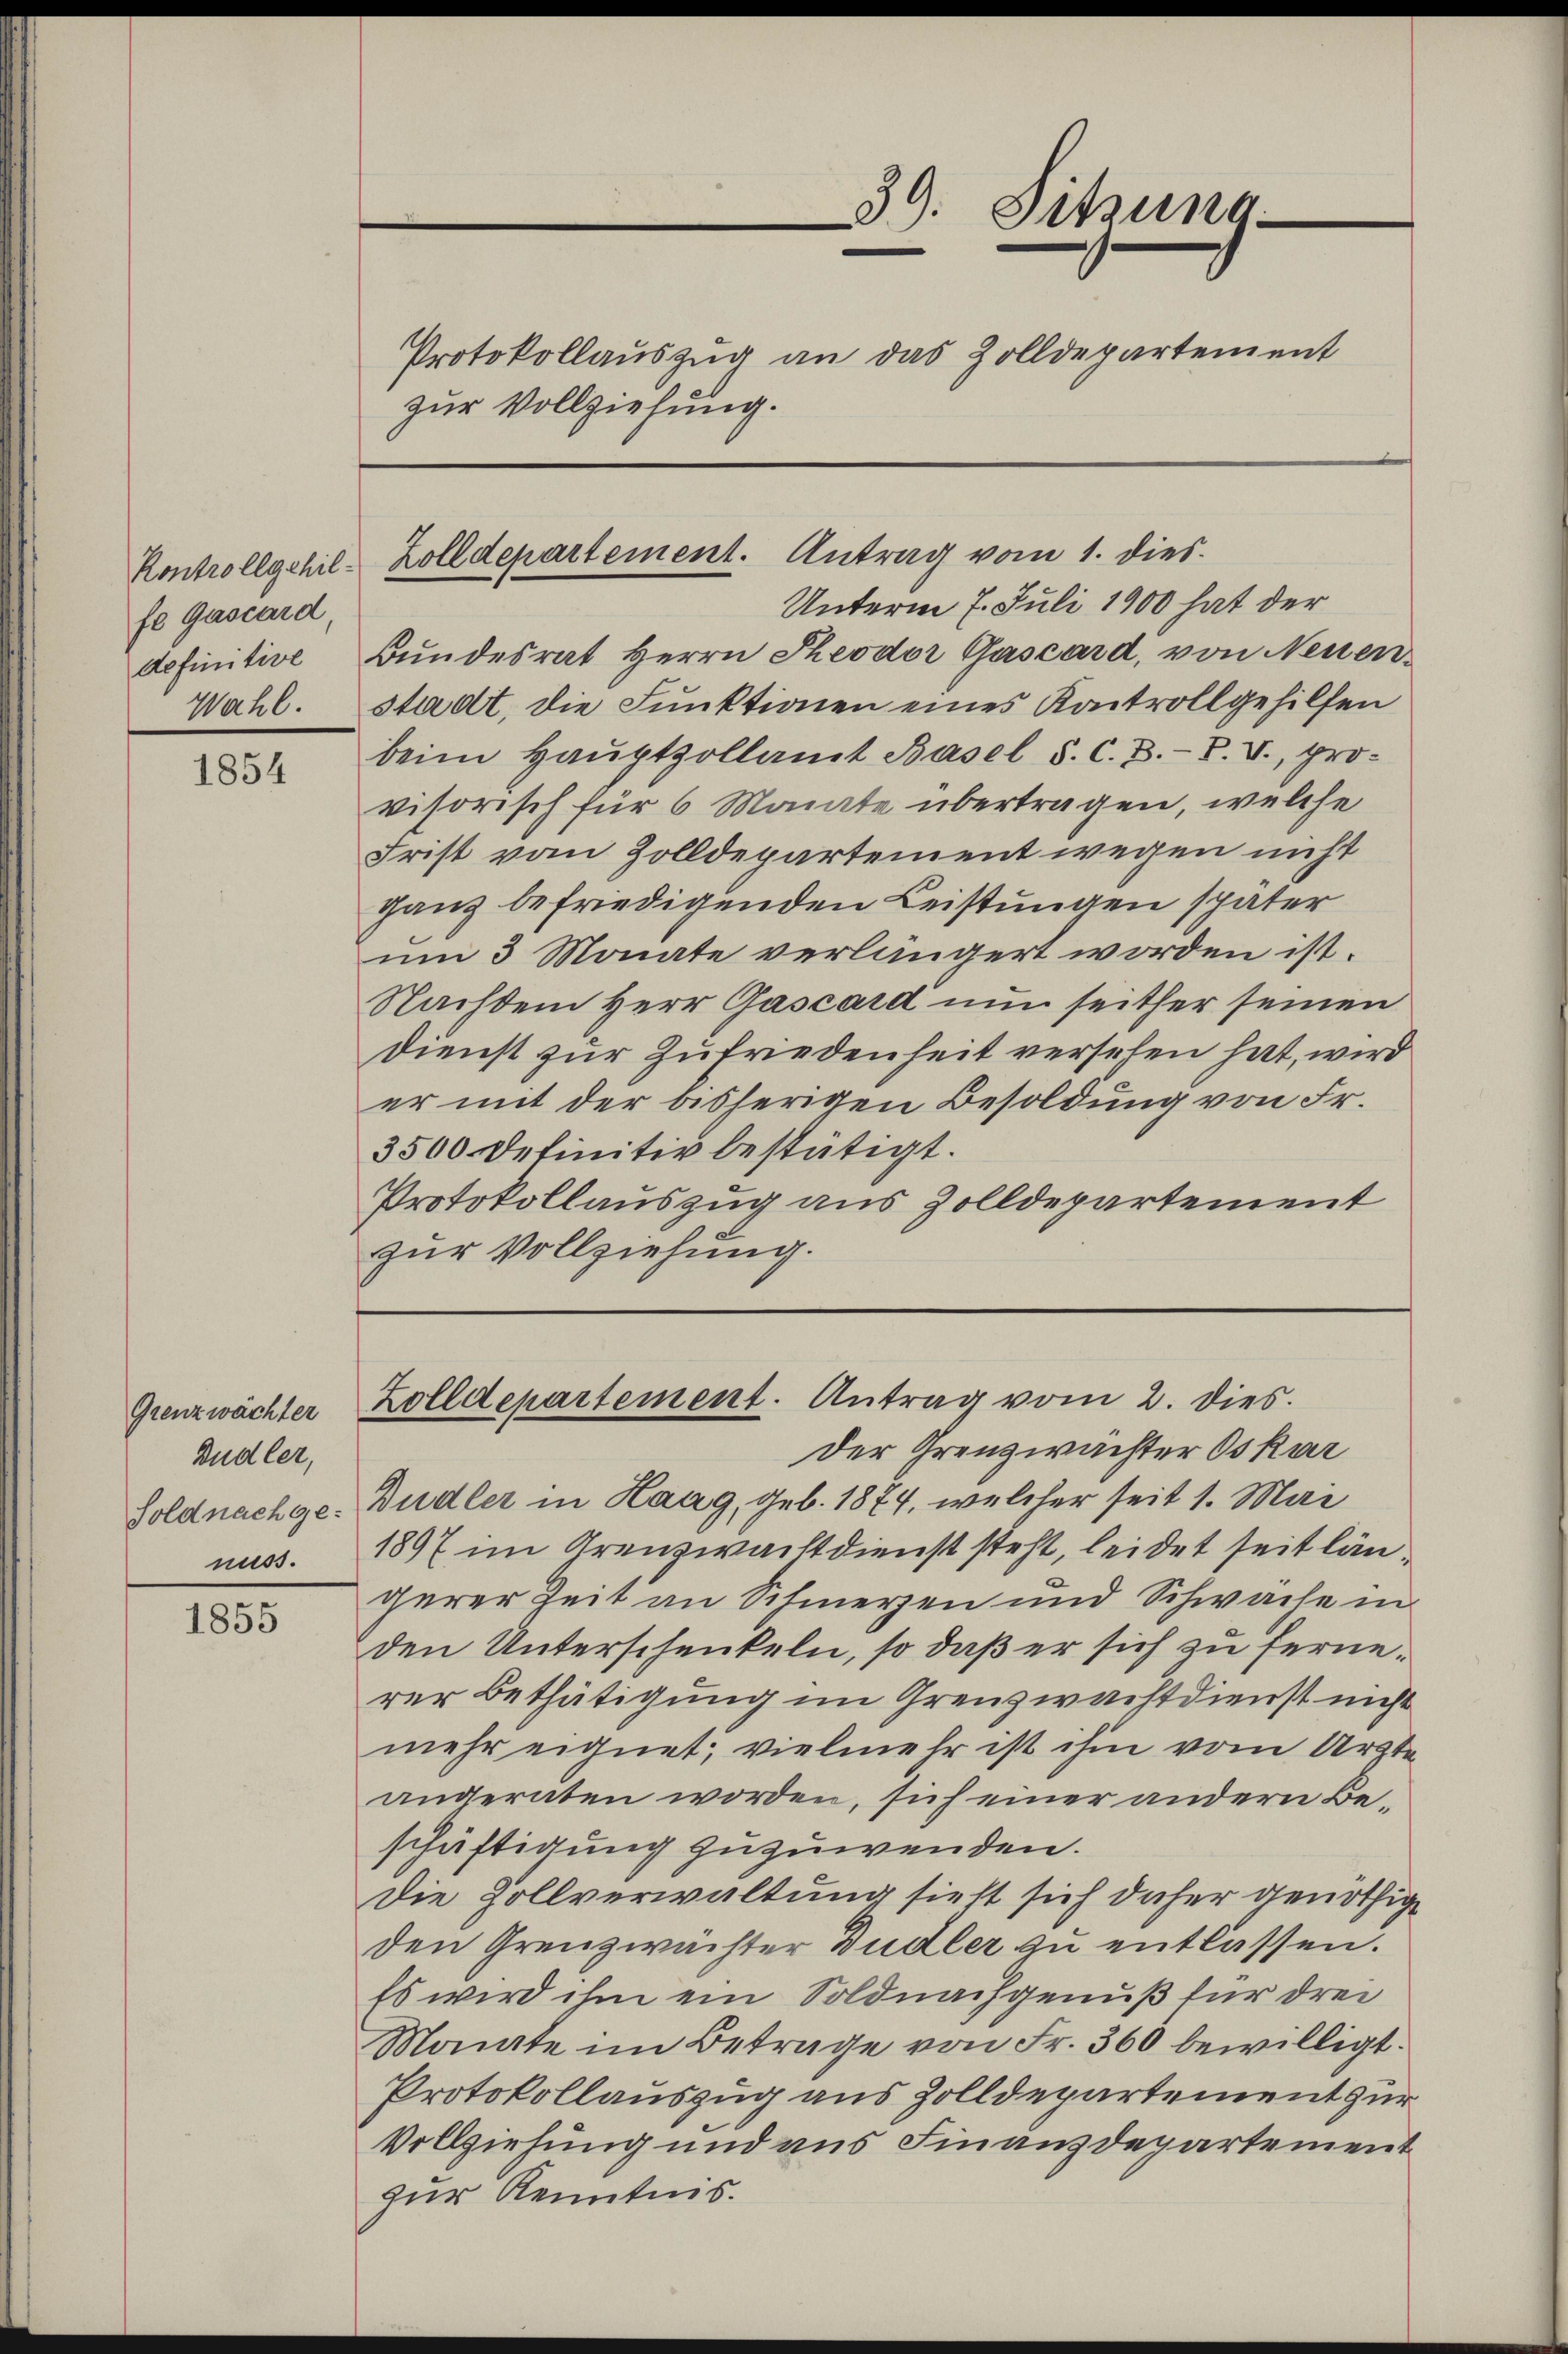
fe Gascard,
Wahl.

1854

Grenzwächter
Budler,
Foldnach genuss.

1855

zur Vollziehung.

Kontrollgehil-Zolldepartement. Antrag vom 1. dies

39. Sitzung
Protokollauszug an das Zolldepartement

Unterm 7. Juli 1900 hat der
definitive Bundesrat Herrn Theodor Gascard, von Neuen-
stadt, die Funktionen eines Kontroll gehilfen
beim Haŭptzollamt Basel S. C. B. P. V., provisorisch für 6 Monate übertragen, welche
Frist vom Zolldepartement wegen nicht
ganz befriedigenden Leistungen später
um 3 Monate verlängert worden ist.
Nachdem Herr Gascard nun seither seinen
Dienst zur Zufriedenheit versehen hat, wird
er mit der bisherigen Besoldung von Fr.
3500 Definitiv bestätigt.
Protokollauszug aus Zolldepartement
zur Vollziehung.

Zolldepartement. Antrag vom 2. dies.

Der Grenzwächter Oskar
Budler in Haag, geb. 1874, welcher seit 1. Mai
1897 im Grenzwachtdienst steht, leidet seit längerer Zeit an Schmerzen und Schwache in
den Unterschenkeln, so daß er sich zu ferne.
rer Bethätigung im Grenzwachtdienst nicht
mehr eignet, vielmehr ist ihm vom Arzte
angeraten worden, sich einer andern Beschäftigung zuzuwenden.
Die Zollverwaltung sieht sich daher genöthige
den Grenzwächter Budler zu entlassen.
Es wird ihm ein Soldnachgenuß für drei
Monate im Betrage von Fr. 360 bewilligt.
Protokollauszug aus Zolldepartement zur
Vollziehung und aus Finanzdepartement
zur Kenntnis.